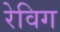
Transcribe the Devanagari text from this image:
रेविग